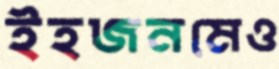
ইহজনমেও